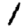
Digit: 1